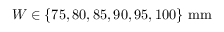
W \in \{ 7 5 , 8 0 , 8 5 , 9 0 , 9 5 , 1 0 0 \} \ \mathrm { m m }